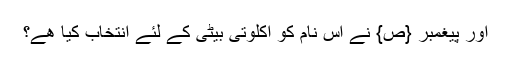
اور پیغمبر {ص} نے اس نام کو اکلوتی بیٹی کے لئے انتخاب کیا ھے؟